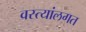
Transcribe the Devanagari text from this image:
वस्त्यांलगत